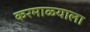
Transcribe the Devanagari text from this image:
करमाळ्याला